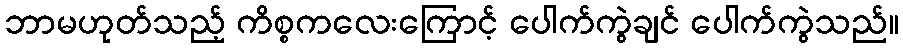
ဘာမဟုတ်သည့် ကိစ္စကလေးကြောင့် ပေါက်ကွဲချင် ပေါက်ကွဲသည်။